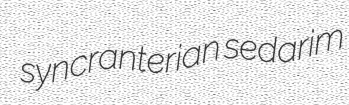
syncranterian sedarim